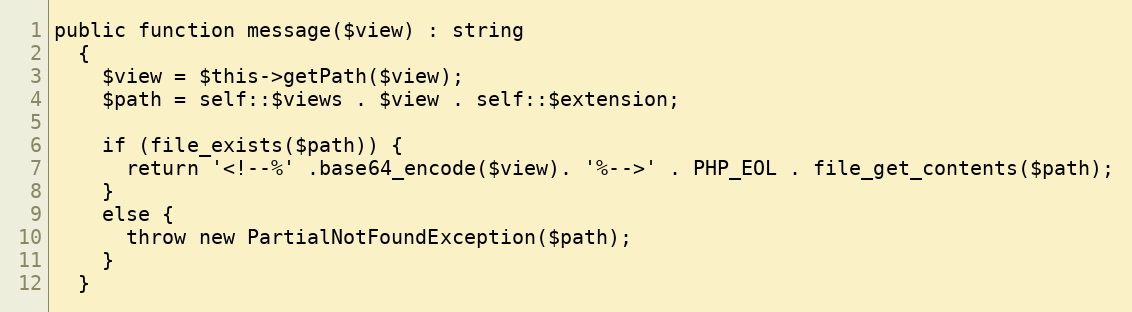
Language: PHP
public function message($view) : string
  {
    $view = $this->getPath($view);
    $path = self::$views . $view . self::$extension;

    if (file_exists($path)) {
      return '<!--%' .base64_encode($view). '%-->' . PHP_EOL . file_get_contents($path);
    }
    else {
      throw new PartialNotFoundException($path);
    }
  }